Annual statistical returns and brief notes on vaccination in Bengal - 1909-1929
Year: 1909
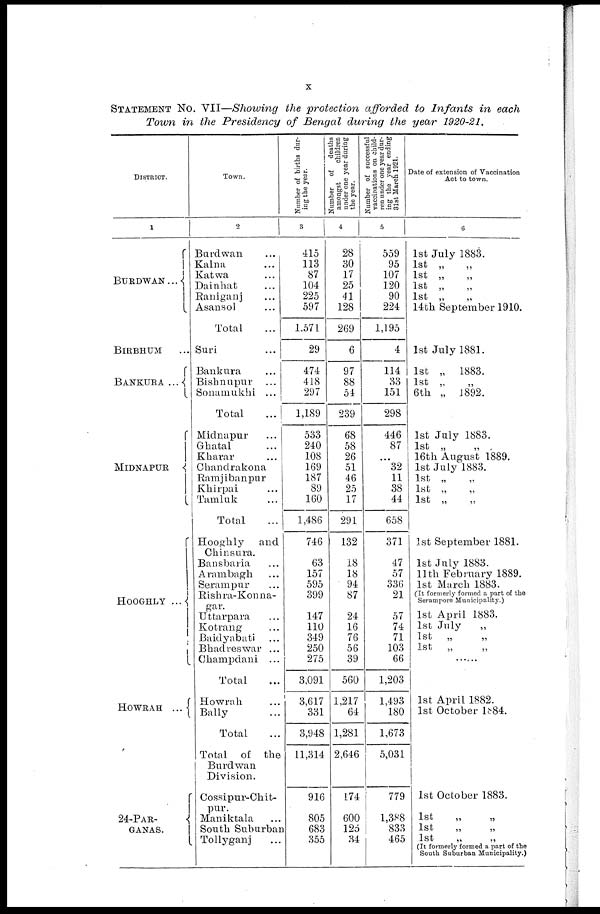
x
STATEMENT No. VII—Showing the protection afforded to Infants in each
Town in the Presidency of Bengal during the year 1920-21.
DISTRICT.
1
BURDWAN...
BIRBHUM ...
BANKURA ...
MIDNAPUR
HOOGHLY ...
HOWRAH ...
24-PAR¬
GANAS.
Town.
2
Bardwan...
Kalna ...
Katwa ...
Dainhat ...
Raniganj ...
Asansol ...
Total ...
Suri ...
Bankura ...
Bishnupur
...
Sonamukhi ...
Total ...
Midnapur ...
Ghatal ...
Kharar ...
Chandrakona
Ramjibanpur
Khirpai ...
Tamluk ...
Total ...
Hooghly
and
Chinsura.
Bansbaria
Arambagh ...
Serampur ...
Rishra-Konna¬
gar.
Uttarpara ...
Kotrang ...
Baidyabati ...
Bhadreswar ...
Champdani ...
Total ...
Howrah ...
Bally ...
Total ...
Total of the
Burdwan
Division.
Cossipur-Chit¬
pur.
Maniktala ...
South Suburban
Tollyganj ...
Number of births dur-
ing the year.
3
415
113
87
104
225
597
1,571
29
474
418
297
1,189
533
240
108
169
187
89
160
1,486
746
63
157
595
399
147
110
349
250
275
3,091
3,617
331
3,948
11,314
916
805
683
355
Number of deaths
amongst
children
under one year during
the year.
4
28
30
17
25
41
128
269
6
97
88
54
239
68
58
26
51
46
25
17
291
132
18
18
94
87
24
16
76
56
39
560
1,217
64
1,281
2,646
174
600
125
34
Number of successful
vaccinations on child-
ren under one year dur-
ing the year ending
31st March 1921.
5
559
95
107
120
90
224
1,195
4
114
33
151
298
446
87
...
32
11
38
44
658
371
47
57
336
21
57
74
71
103
66
1,203
1,493
180
1,673
5,031
779
1,388
833
465
Date of extension of Vaccination
Act to town.
6
1st July 1883.
1st „
„
1st „
„
1st „
„
1st „
„
14th September 1910.
1st July 1881.
1st „ 1883.
1st „
„
6th „ 1892.
1st July 1883.
1st „
„
16th August 1889.
1st July 1883.
1st „
„
1st „ „
1st „ „
1st September 1881.
1st July 1883.
11th February 1889.
1st March 1883.
(It formerly formed a part of the
Serampore Municipality.)
1st April 1883.
1st July
„
1st „
„
1st
„
„
1st April 1882.
1st October 1884.
1st October 1883.
1st
„
„
1st
„
„
1st
„
„
(It formerly formed a part of the
South Suburban Municipality.)